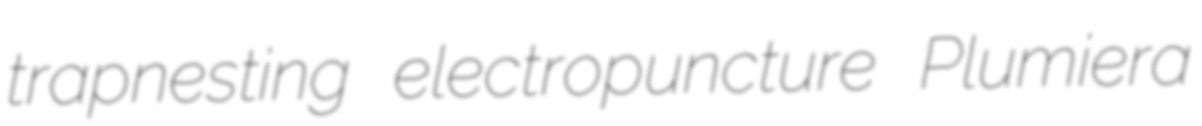
trapnesting electropuncture Plumiera